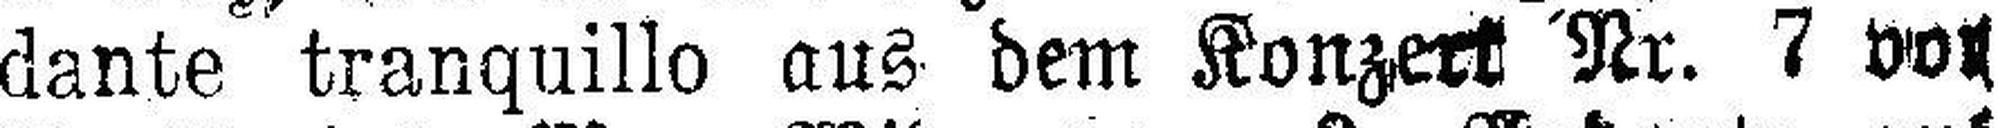
dante tranquillo aus dem Konzert Nr. 7 von